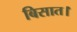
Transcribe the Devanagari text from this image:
बिसात।